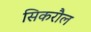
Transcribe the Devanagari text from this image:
सिकरौल